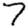
Digit: 7